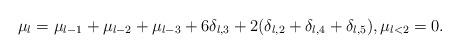
LaTeX: \begin{align*}\mu_l=\mu_{l-1}+\mu_{l-2}+\mu_{l-3}+6\delta_{l,3}+2(\delta_{l,2}+\delta_{l,4}+\delta_{l,5}), \mu_{l<2}=0.\end{align*}